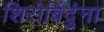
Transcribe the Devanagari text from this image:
शिरोबिंदुंना